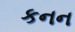
કનન